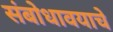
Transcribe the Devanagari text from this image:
संबोधावयाचे